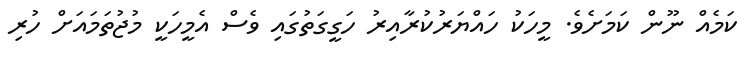
ކަމެއް ނޫން ކަމަށެވެ. މީހަކު ހައްޔަރުކުރާއިރު ހަގީގަތުގައި ވެސް އެމީހަކީ މުޖުތަމައަށް ހުރި